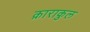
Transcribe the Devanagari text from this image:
क़ाराकुल